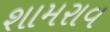
શામરાવ